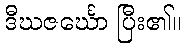
ဒီဃဇင်္ဃော ပြီး၏။